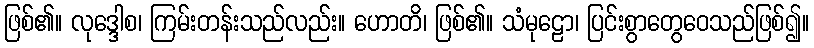
ဖြစ်၏။ လုဒ္ဒေါစ၊ ကြမ်းတန်းသည်လည်း။ ဟောတိ၊ ဖြစ်၏။ သံမုဠော၊ ပြင်းစွာတွေဝေသည်ဖြစ်၍။